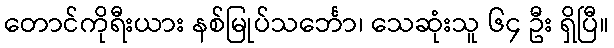
တောင်ကိုရီးယား နစ်မြုပ်သင်္ဘော၊ သေဆုံးသူ ၆၄ ဦး ရှိပြီ။